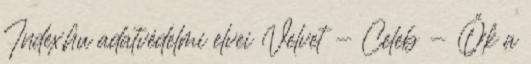
Index.hu adatvédelmi elvei Velvet - Celeb - Ők a